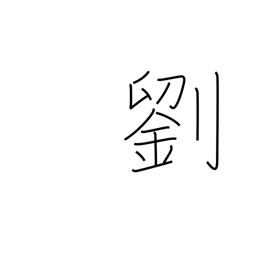
Meaning: faded